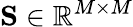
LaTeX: \mathbf{S}\in\mathbb{R}^{M\times M}